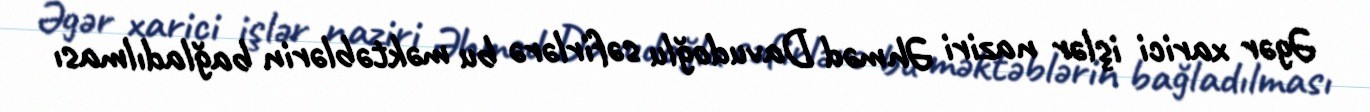
Əgər xarici işlər naziri Əhməd Davudoğlu səfirlərə bu məktəblərin bağladılması